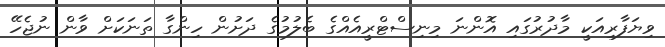
ވިޔަފާރިއަކީ މާދުރުގައި އޮންނަ މިނިސްޓްރީއެއްގެ ބެލުމުގެ ދަށުން ހިންގާ ތަނަކަށް ވާން ނުޖެހޭ